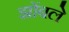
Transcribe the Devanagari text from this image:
झोंबले